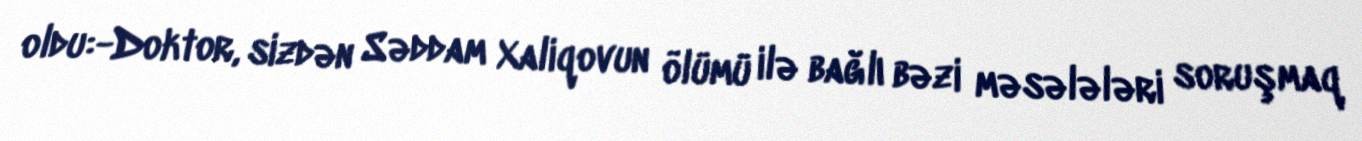
oldu:-Doktor, sizdən Səddam Xaliqovun ölümü ilə bağlı bəzi məsələləri soruşmaq